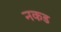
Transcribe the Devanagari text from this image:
नकड